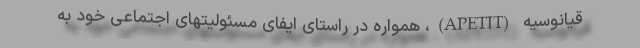
قیانوسیه (APETIT)، همواره در راستای ایفای مسئولیتهای اجتماعی خود به